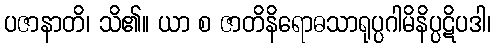
ပဇာနာတိ၊ သိ၏။ ယာ စ ဇာတိနိရောဓသာရုပ္ပဂါမိနိပ္ပဋိပဒါ၊